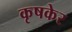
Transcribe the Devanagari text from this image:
कृषकेर